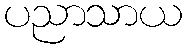
ပညာသာယ